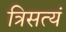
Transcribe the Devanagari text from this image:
त्रिसत्यं